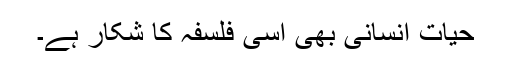
حیاتِ انسانی بھی اِسی فلسفہ کا شکار ہے۔